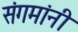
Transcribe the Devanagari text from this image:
संगमांनी